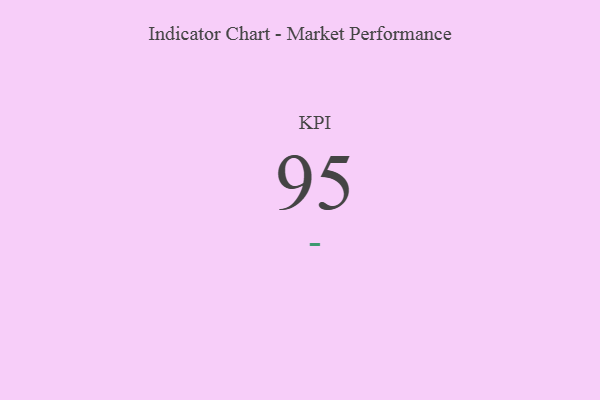
{"axis": {"x": "KPI", "y": "Value"}, "legend": [""], "data": [{"x": "KPI", "y": 95, "type": ""}]}